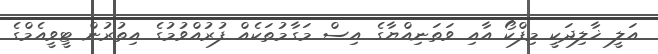
އަލީ ޚާލިދަކީ މިފްކޯ އާއި ވަތަނިއްޔާގެ އިސް މަގާމުތަކެއް ފުރުއްވުމުގެ އިތުރުން ޓީވީއެމްގެ